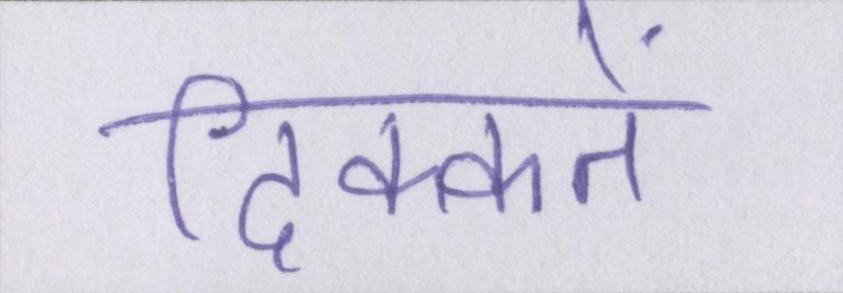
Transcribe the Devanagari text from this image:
दिक्कतें